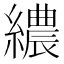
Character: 繷